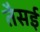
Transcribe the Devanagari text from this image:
तैसई